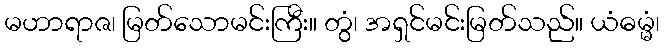
မဟာရာဇ၊ မြတ်သောမင်းကြီး။ တွံ၊ အရှင်မင်းမြတ်သည်။ ယံဓမ္မံ၊